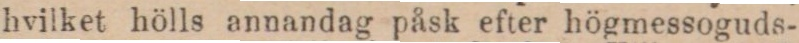
hvilket hölls annandag påsk efter högmessoguds-